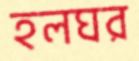
হলঘর